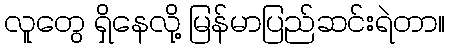
လူတွေ ရှိနေလို့ မြန်မာပြည်ဆင်းရဲတာ။